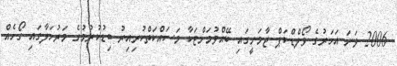
2006 ވަނަ އަހަރުގެ ވޯލްޑްކަޕް ޖާމަނީގައި ބޭއްވުމަށްޓަކާ މަސައްކަތްކުރިއިރު ބިޑުކުރުމުގެ މަރުހަލާގައި ގޯހެއް